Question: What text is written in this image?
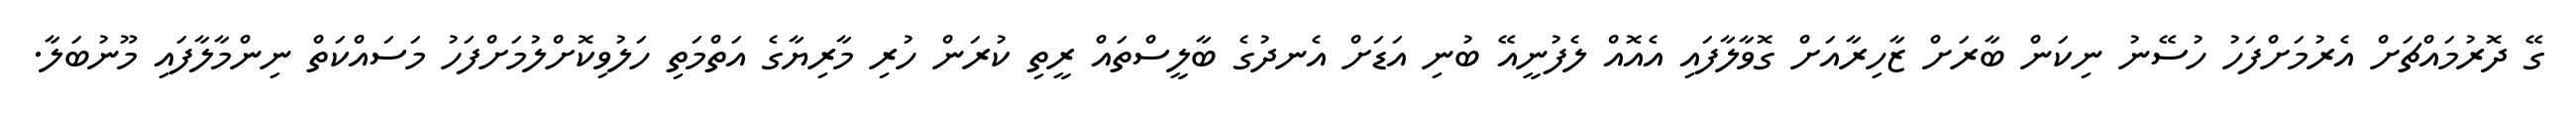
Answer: ގޭ ދޮރުމައްޗަށް އެރުމަށްފަހު ހުސޭނު ނިކަން ބާރަށް ޒާހިރާއަށް ގޮވާލާފައި އެއޮއް ލެފުނީއޭ ބުނި އަޑަށް އެނދުގެ ބާލީސްތައް ރީތި ކުރަން ހުރި މާރިޔާގެ އަތްމަތި ހަލުވިކޮށްލުމަށްފަހު މަސައްކަތް ނިންމާލާފައި މޫނުބަލާ.